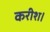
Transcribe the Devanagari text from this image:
करीश।